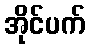
အိုင်ပက်